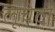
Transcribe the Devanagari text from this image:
लूचेटो